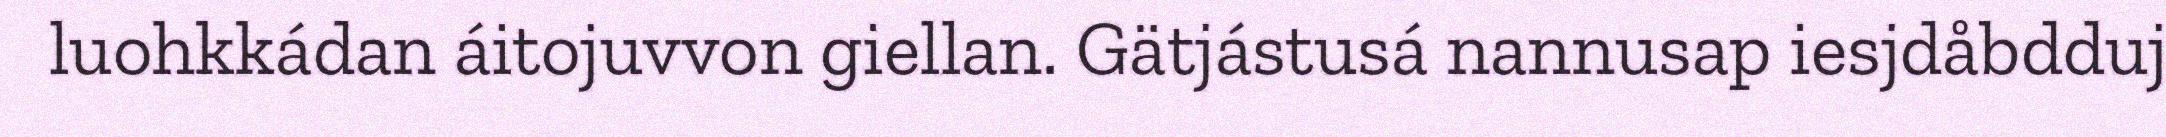
luohkkádan áitojuvvon giellan. Gätjástusá nannusap iesjdåbdduj